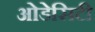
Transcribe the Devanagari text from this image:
ओडेसिटी